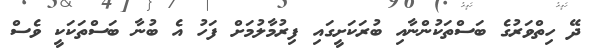
ދޭ ހިތްވަރުގެ ބަސްތަކުންނާއި ބުރަކަށީގައި ފިރުމާލުމަށް ފަހު އެ ބުނާ ބަސްތަކަކީ ވެސް